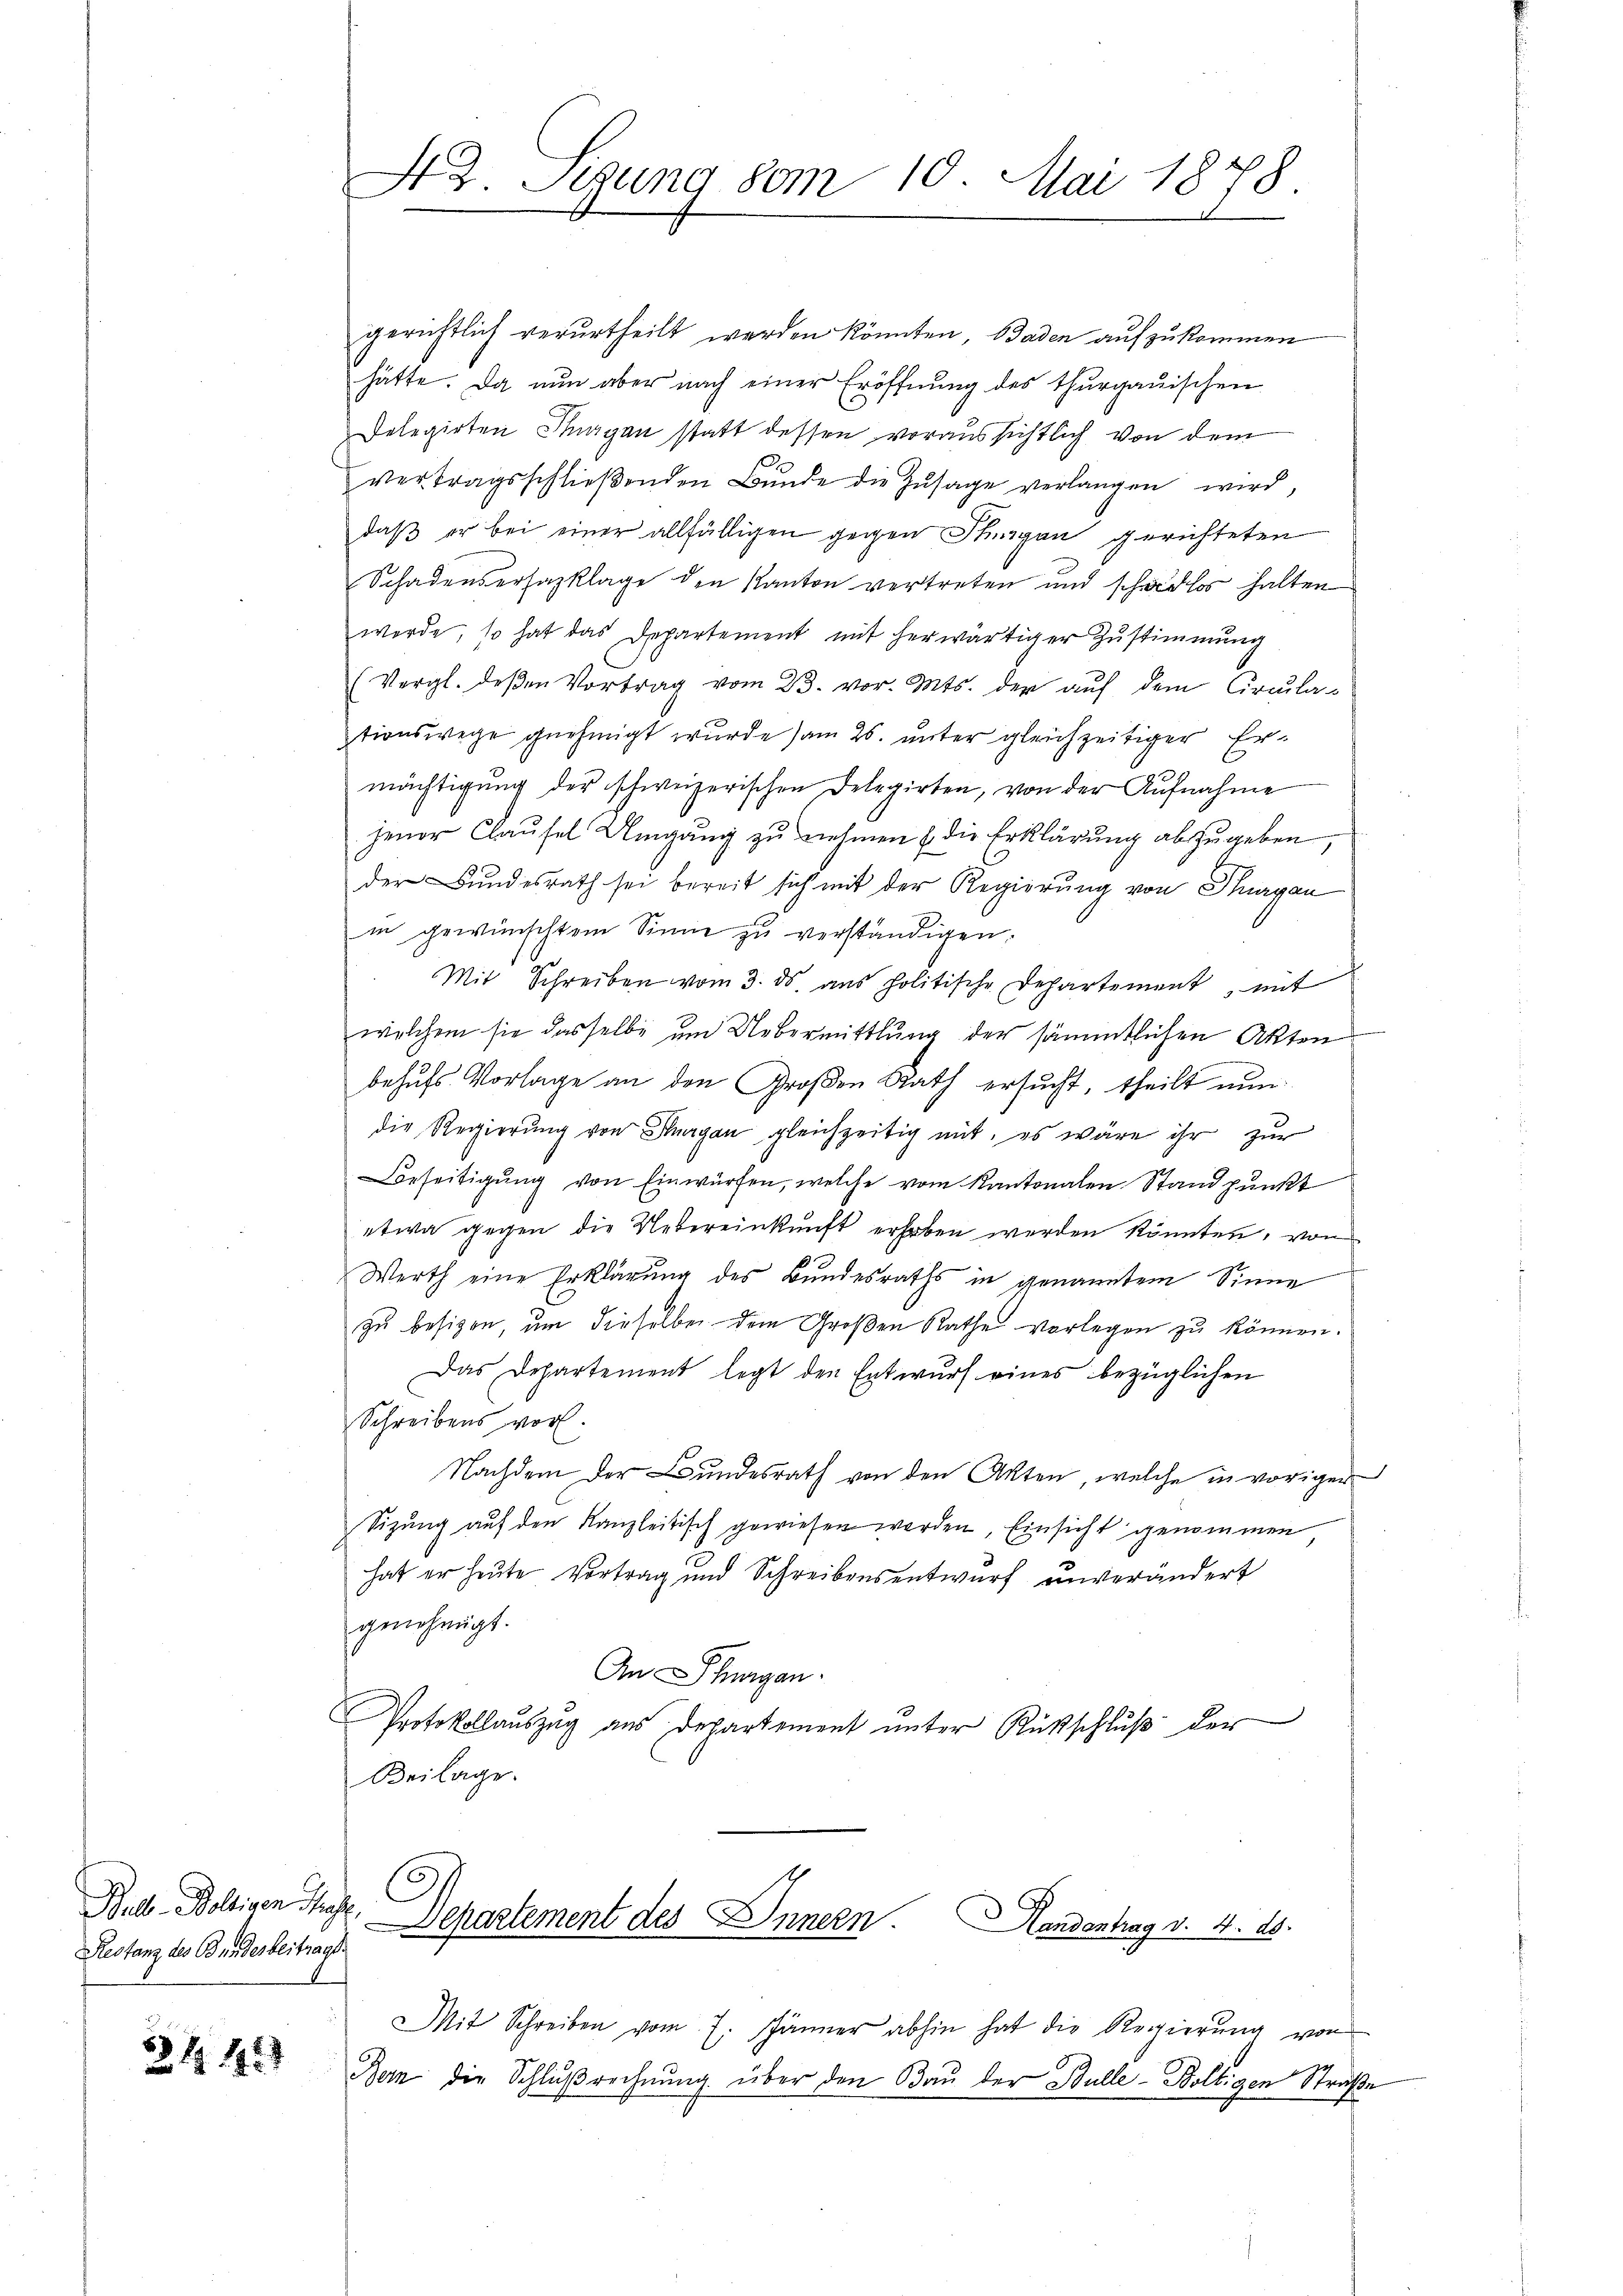
Bull. Boltigen Joh.
Restanz des Bundesbeitrags

344

43. Sigung vom 10. Mai 1878.

gerichtlich verurtheilt werden könnten, Baden aufzukommen
hätte. Da nun aber nach einer Eröffnung des Thurgauischen
Delegirten Stugen statt dessen voraussichtlich von dem
vertragsschlieβenden Bŭnde die Zŭsage verlangen wird,
daß er bei einer allfälligen gegen Singen gerichteten
Schadenserhazklage den Kanton vertreten und schadlos halten
werde, so hat das Departement mit herwärtiger Zustimmung
(Vergl. deβen Vortrag vom 23. vor. Mts. der auf dem Circula-
stionswege gnehmigt wurde am 26. unter gleichzeitiger Ermächtigung der schweizerischen Delegirten, von der Aufnahme
jener Clausel Umgang zu nehmen & die Erklärung abzugeben,
der Bundesrath sei bereit sich mit der Regierung von Thurgau
in gewünschtem Sinne zu verständigen.
Mit Schreiben vom 3. ds. ans politische Departement, mit
welchem sie dasselbe um Uebermittlung der sämmtlichen Akten
behufs Vorlage an den Großen Rath ersucht, theilt nun
die Regierung von Thurgau gleichzeitig mit, es wäre ihr zur
Beseitigŭng von Einwürfen, welche vom Kantonalen Standpunkt
etwa gegen die Uebereinkunft erhoben werden könnten, von
Werth eine Erklärung des Bundesraths in genanntem Sinne
zu besitzen, um dieselbe dem Großen Rathe vorlegen zu können.
Das Departement legt den Entwurf eines bezüglichen
Schreibens vor.
Nachdem der Bundesrath von den Akten, welche in voriger
Sizung auf den Kanzleitisch gewiesen werden, Einsicht genommen
hat er heute Vortrag und Schreibensentwurf unverändert
genehmigt.
An Schurgau.
Protokollauszug aus Departement unter Rückschluß der
Beilage.

Departement des Innern Handentrag v. 4. 16.

Mit Schreiben vom 7. Jänner abhin hat die Regierŭng von
Bern die Schlußrechnung über den Bau der Bulle-Boltigen Straße